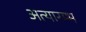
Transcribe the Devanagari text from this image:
अत्यारम्भ